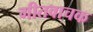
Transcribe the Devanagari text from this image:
गीतवाचक